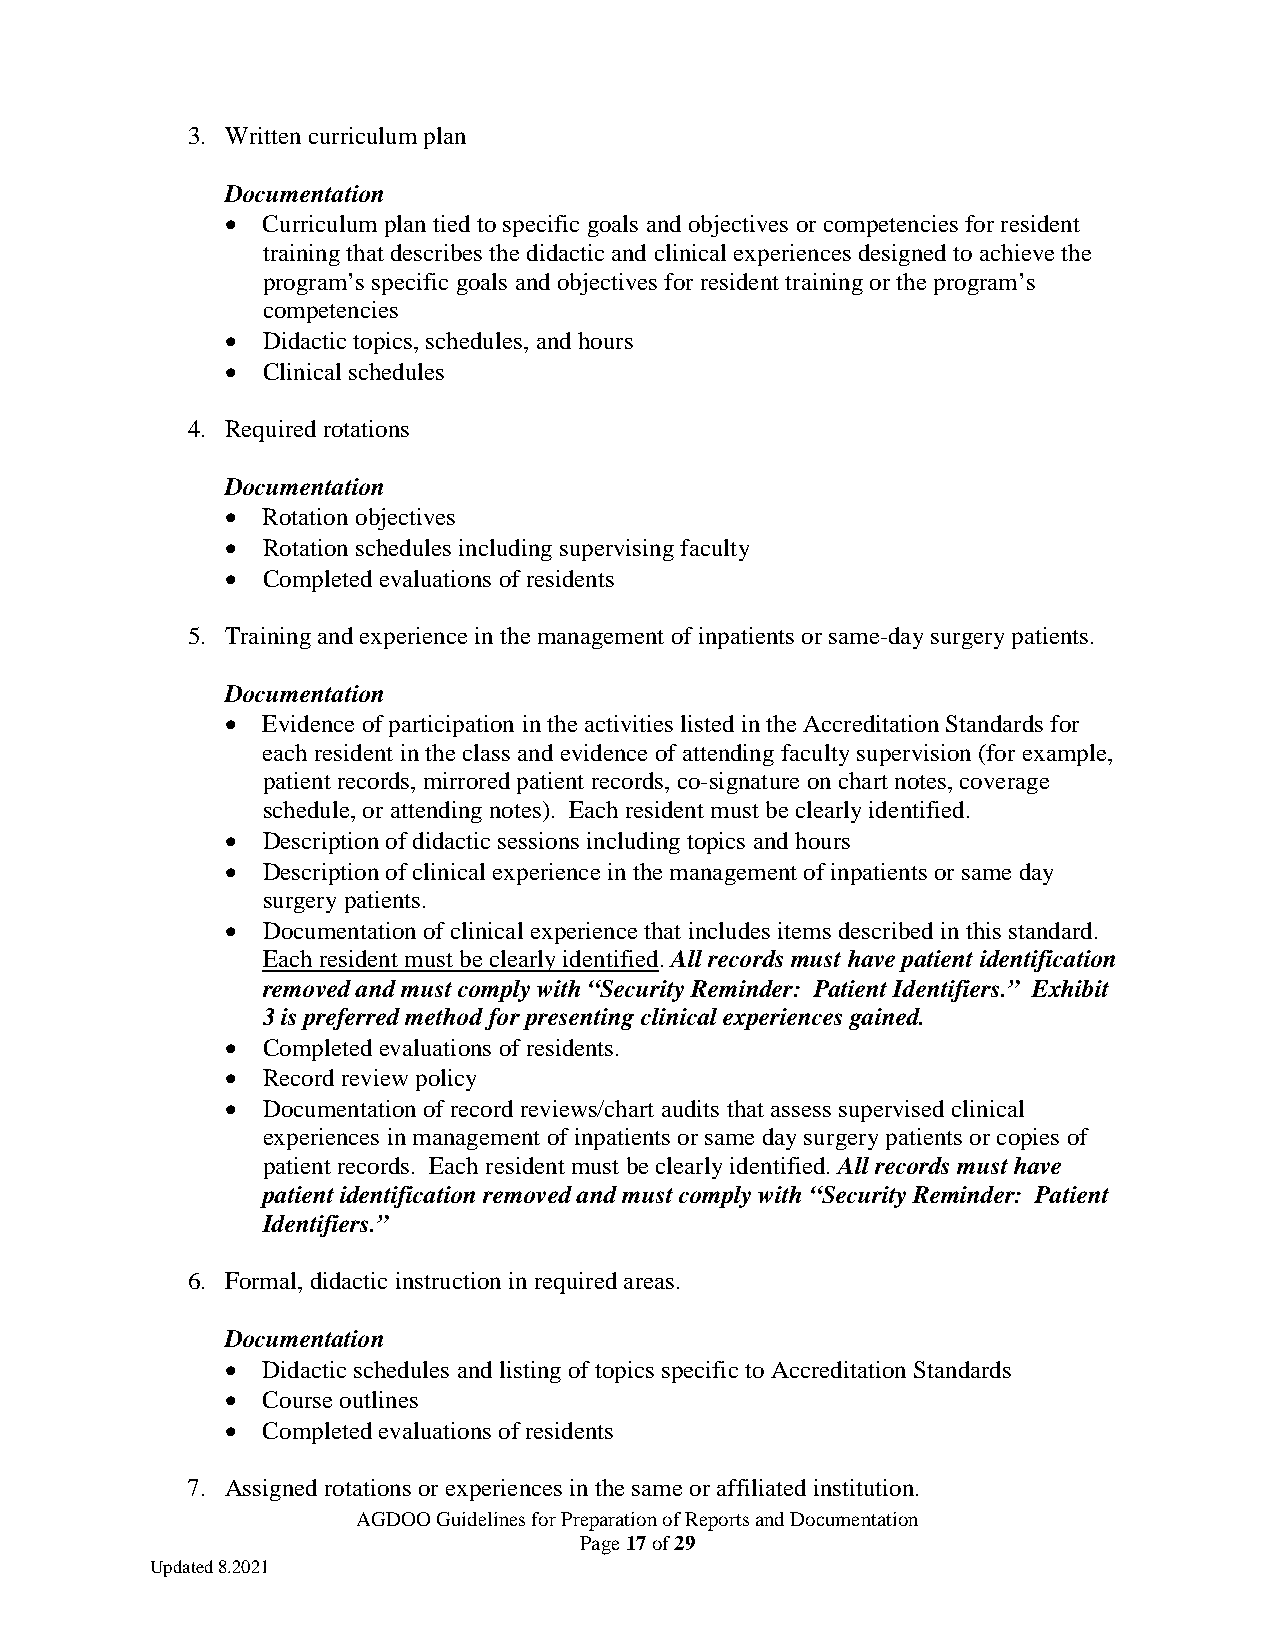
3. Written curriculum plan
 Documentation
 • Curriculum plan tied to specific goals and objectives or competencies for resident
 training that describes the didactic and clinical experiences designed to achieve the
 program’s specific goals and objectives for resident training or the program’s
 competencies
 • Didactic topics, schedules, and hours
 • Clinical schedules
 4. Required rotations
 Documentation
 • Rotation objectives
 • Rotation schedules including supervising faculty
 • Completed evaluations of residents
 5. Training and experience in the management of inpatients or same-day surgery patients.
 Documentation
 • Evidence of participation in the activities listed in the Accreditation Standards for
 each resident in the class and evidence of attending faculty supervision (for example,
 patient records, mirrored patient records, co-signature on chart notes, coverage
 schedule, or attending notes). Each resident must be clearly identified.
 • Description of didactic sessions including topics and hours
 • Description of clinical experience in the management of inpatients or same day
 surgery patients.
 • Documentation of clinical experience that includes items described in this standard.
 Each resident must be clearly identified. All records must have patient identification
 removed and must comply with “Security Reminder: Patient Identifiers.” Exhibit
 3 is preferred method for presenting clinical experiences gained.
 • Completed evaluations of residents.
 • Record review policy
 • Documentation of record reviews/chart audits that assess supervised clinical
 experiences in management of inpatients or same day surgery patients or copies of
 patient records. Each resident must be clearly identified. All records must have
 patient identification removed and must comply with “Security Reminder: Patient
 Identifiers.”
 6. Formal, didactic instruction in required areas.
 Documentation
 • Didactic schedules and listing of topics specific to Accreditation Standards
 • Course outlines
 • Completed evaluations of residents
 7. Assigned rotations or experiences in the same or affiliated institution.
 AGDOO Guidelines for Preparation of Reports and Documentation
 Page 17 of 29
 Updated 8.2021